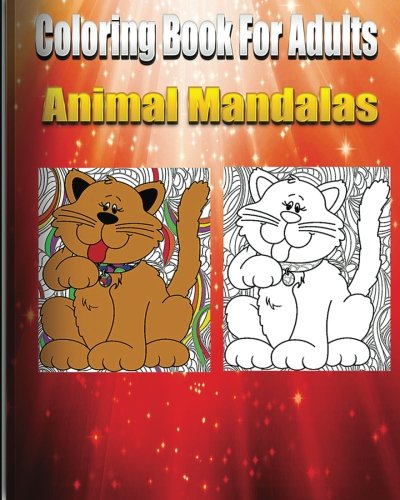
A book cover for Coloring Book For Adults Animal Mandalas (Animals & Mandalas ); Coloring Book Fun; Comics & Graphic Novels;